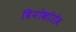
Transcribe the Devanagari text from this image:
विनोकोरोव